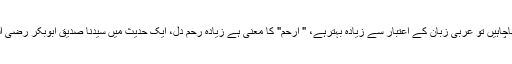
مذکورہ نام رکھنا درست ہے، البتہ اگر اسے تبدیل کرکے "محمدارحم" نام رکھناچاہیں تو عربی زبان کے اعتبار سے زیادہ بہترہے، " ارحم" کا معنی ہے زیادہ رحم دل، ایک حدیث میں سیدنا صدیق ابوبکر رضی اللہ عنہ کو'' ارحم امتی'' یعنی امت کا سب سے زیادہ مہربان شخص کہا گیا ہے۔